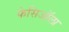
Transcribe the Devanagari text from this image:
फेसिऑला